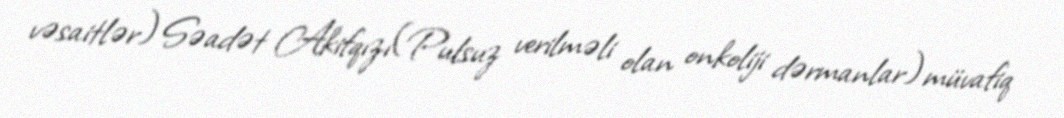
vəsaitlər) Səadət Akifqızı(Pulsuz verilməli olan onkoliji dərmanlar) müvafiq